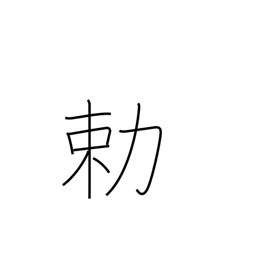
Meaning: imperial order